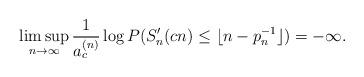
LaTeX: \begin{align*}\limsup_{n\to\infty}\frac{1}{a_c^{(n)}}\log P(S_n'(cn)\leq \lfloor n-p_n^{-1}\rfloor)=-\infty.\end{align*}